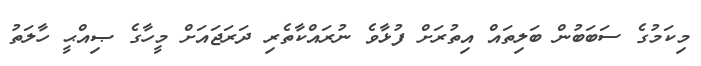
މިކަމުގެ ސަބަބުން ބަލިތައް އިތުރަށް ފުޅާވެ ނުރައްކާތެރި ދަރަޖައަށް މީހާގެ ޞިއްޙީ ހާލަތު